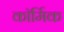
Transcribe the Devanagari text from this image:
कॉर्मिक